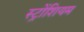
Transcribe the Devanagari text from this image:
स्ट्रोंशियम